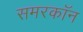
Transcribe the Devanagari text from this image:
समरकॉन